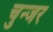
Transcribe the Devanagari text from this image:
चुन्जर